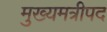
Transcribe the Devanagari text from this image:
मुख्यमत्रीपद